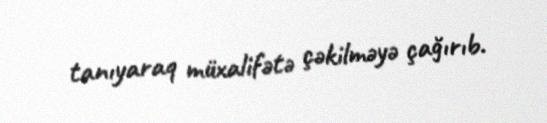
tanıyaraq müxalifətə çəkilməyə çağırıb.